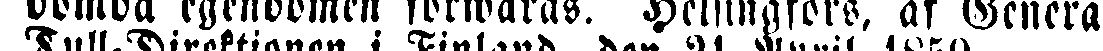
domda egendomen förwaras. Helsingfors, af General-